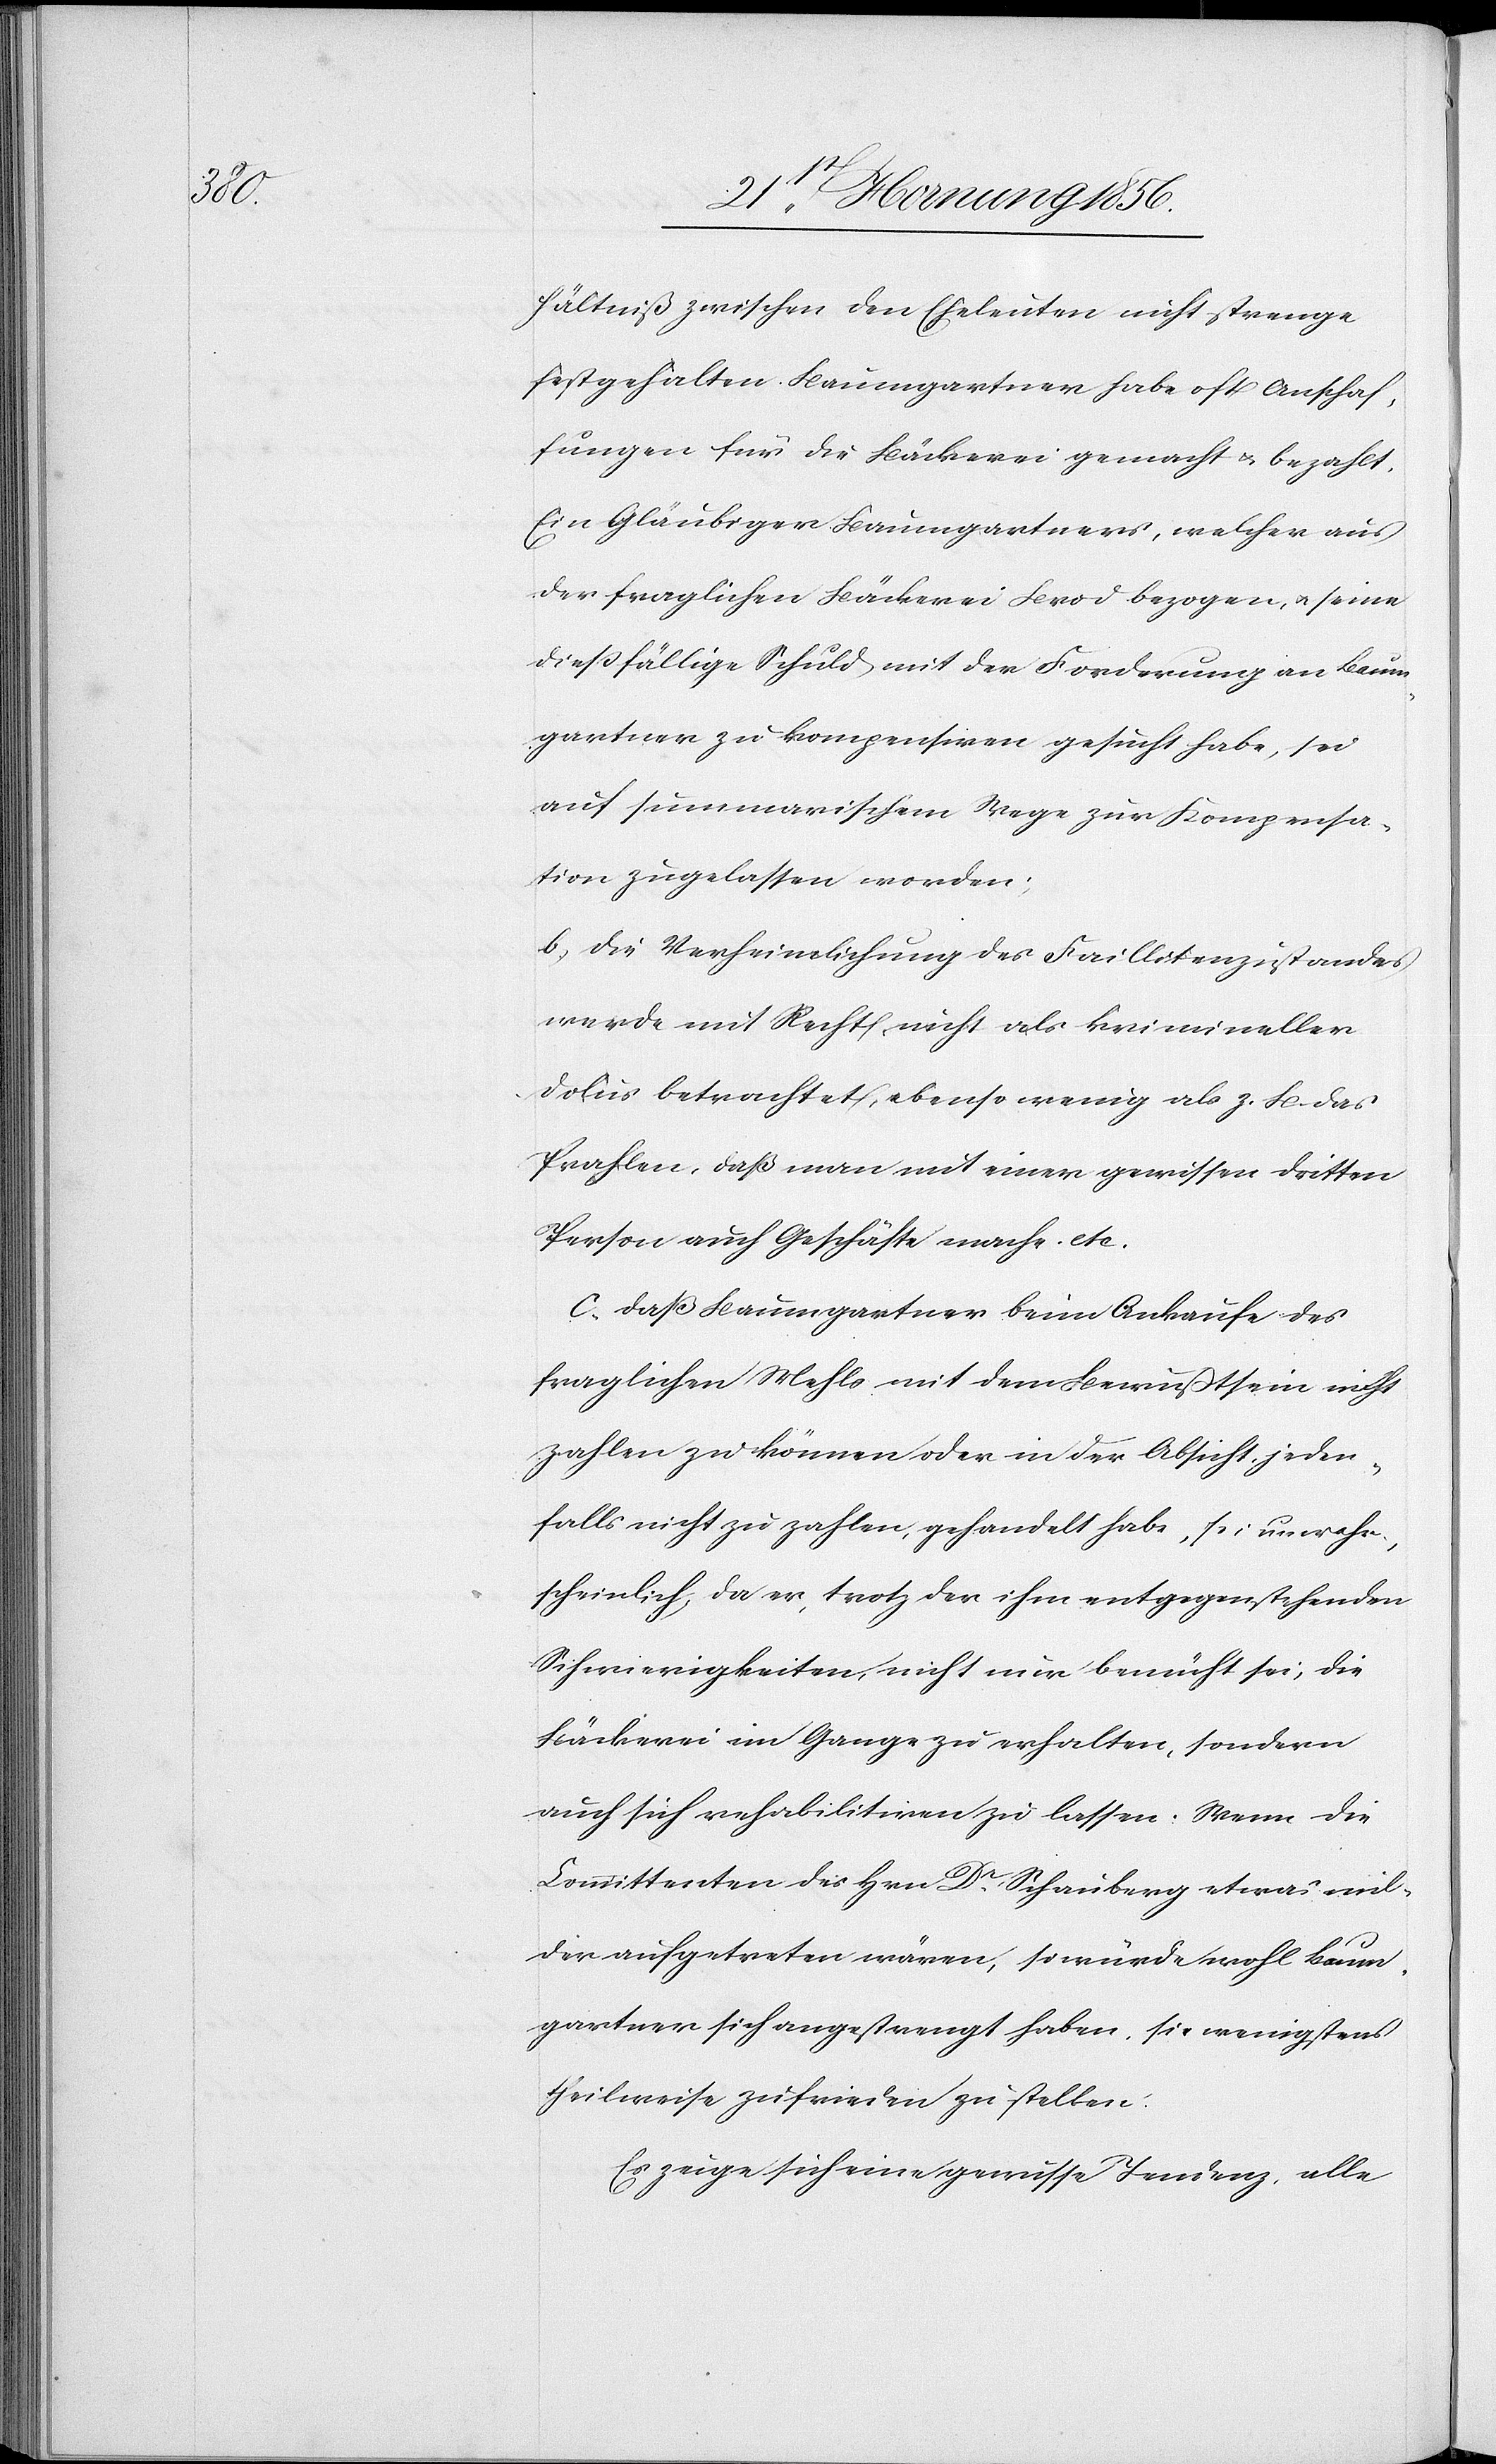
hältniß zwischen den Eheleuten nicht strenge
festgehalten. Baumgartner habe oft Anschaf¬
fungen für die Bäckerei gemacht u. bezahlt.
Ein Gläubiger Baumgartners, welcher aus
der fraglichen Bäckerei Brod bezogen, u. seine
dießfällige Schuld mit der Forderung an Baum¬
gartner zu kompensiren gesucht habe, sei
auf summarischem Wege zur Kompensa¬
tion zugelassen worden;
b, die Verheimlichung des Faillitenzustandes
werde mit Recht nicht als krimineller
Dolus betrachtet, ebenso wenig als z. B. das
Prahlen, daß man mit einer gewissen dritten
Person auch Geschäfte mache. etc.
c, Daß Baumgartner beim Ankaufe des
fraglichen Mehls mit dem Bewußtsein nicht
zahlen zu können oder in der Absicht, jeden¬
falls nicht zu zahlen, gehandelt habe, sei unwahr¬
scheinlich, da er, trotz der ihm entgegenstehenden
Schwierigkeiten, nicht nur bemüht sei, die
Bäckerei im Gange zu erhalten, sondern
auch sich rehabilitiren zu lassen: Wenn die
Committenten des Hrn Dr Schauberg etwas mil¬
der aufgetreten wären, so würde wohl Baum¬
gartner sich angestrengt haben, sie wenigstens
theilweise zufrieden zu stellen.
Es zeige sich eine gewisse Tendenz, alle